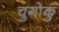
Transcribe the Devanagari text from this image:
चुगोकु